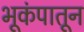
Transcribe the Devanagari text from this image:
भूकंपातून